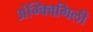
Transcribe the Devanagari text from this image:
अंग्क्विगिली